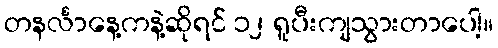
တနင်္လာနေ့ကနဲ့ဆိုရင် ၁၂ ရူပီးကျသွားတာပေါ့။